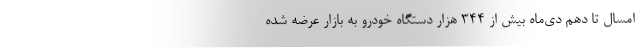
امسال تا دهم دی‌ماه بیش از ۳۴۴ هزار دستگاه خودرو به بازار عرضه شده